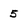
Character: 5